Report of an investigation of the epidemic of malarial fever in Assam, or, kala-azar
Disease focus: Malaria
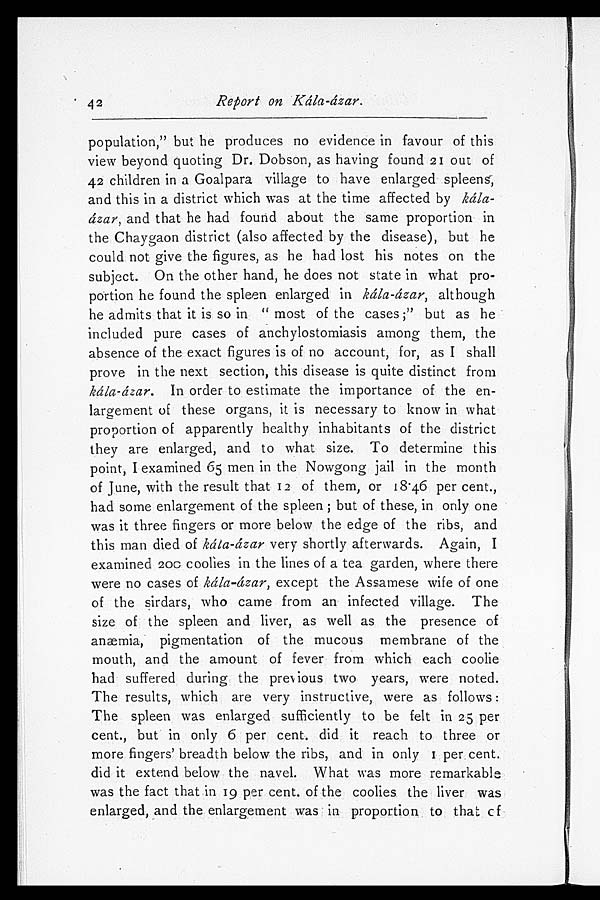
42
Report on Kála-ázar.
population," but he produces no evidence in favour of this
view beyond quoting Dr. Dobson, as having found 21 out of
42 children in a Goalpara village to have enlarged spleens,
and this in a district which was at the time affected by kála
- á z a r ,
a n d t h a t h e h a d f o u n d a b o u t t h e s a m e p r o p o r t i o n i n
the Chaygaon district (also affected by the disease), but he
could not give the figures, as he had lost his notes on the
subject. On the other hand, he does not state in what pro
- p o r t i o n h e f o u n d t h e s p l e e n e n l a r g e d i nk
á l a - á z a r ,
a l t h o u g h
he admits that it is so in "most of the cases;" but as he
included pure cases of anchylostomiasis among them, the
absence of the exact figures is of no account, for, as I shall
prove in the next section, this disease is quite distinct from
k á l a - á z a r .
In order to estimate the importance of the en
- l a r g e m e n t o f t h e s e o r g a n s , i t i s n e c e s s a r y t o k n o w i n w h a t
proportion of apparently healthy inhabitants of the district
they are enlarged, and to what size. To determine this
point, I examined 65 men in the Nowgong jail in the month
of June, with the result that 12 of them, or 18.46 per cent.,
had some enlargement of the spleen; but of these, in only one
was it three fingers or more below the edge of the ribs, and
this man died of kála-ázar very shortly afterwards. Again, I
examined 200 coolies in the lines of a tea garden, where there
were no cases of kála-ázar, except the Assamese wife of one
of the sirdars, who came from an infected village. The
size of the spleen and liver, as well as the presence of
anæmia, pigmentation of the mucous membrane of the
mouth, and the amount of fever from which each coolie
had suffered during the previous two years, were noted.
The results, which are very instructive, were as follows:
The spleen was enlarged sufficiently to be felt in 25 per
cent., but in only 6 per cent. did it reach to three or
more fingers' breadth below the ribs, and in only 1 per, cent.
did it extend below the navel. What was more remarkable
was the fact that in 19 per cent. of the coolies the liver was
enlarged, and the enlargement was in proportion to that of